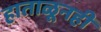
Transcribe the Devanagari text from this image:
हाताळूनही